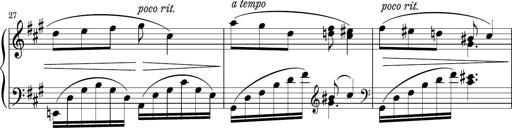
Title: Sonatina PandemÃ³nium
Composer: VÃ­ctor Carbajo
Key: C major